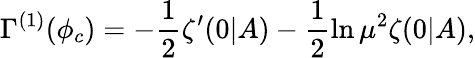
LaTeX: \Gamma^{(1)}(\phi_{c})=-\frac 12\zeta^{\prime}(0|A)-\frac 12\ln\mu^{2}\zeta(0|A),